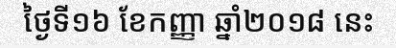
ថ្ងៃទី១៦ ខែកញ្ញា ឆ្នាំ២០១៨ នេះ